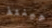
حينئذ